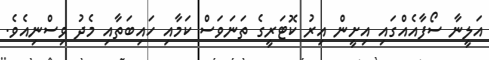
އަލީނާ ސޯފާއެއްގައި އިށީން އިރު ކޮޓަރީގެ ތަނަވަސް ކަމާއި ހައިބަތާއި މެދު ވިސްނިއެވެ.